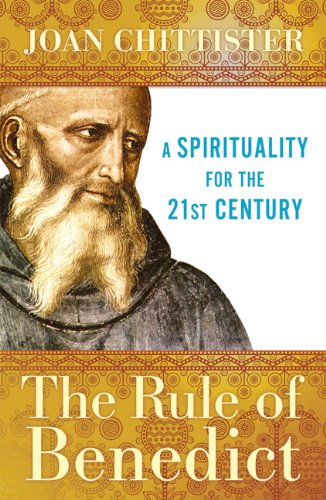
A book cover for The Rule of Benedict: A Spirituality for the 21st Century (Spiritual Legacy Series); Joan Chittister; Christian Books & Bibles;